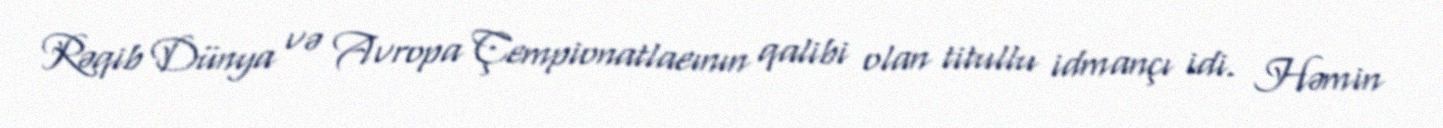
Rəqib Dünya və Avropa Çempionatlaeının qalibi olan titullu idmançı idi. Həmin